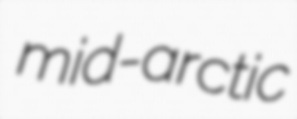
mid-arctic